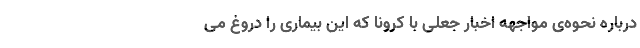
درباره نحوه‌ی مواجهه اخبار جعلی با کرونا که این بیماری را دروغ می